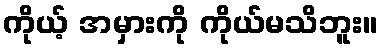
ကိုယ့် အမှားကို ကိုယ်မသိဘူး။